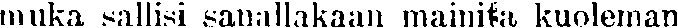
muka sallisi sanallakaan mainita kuoleman